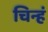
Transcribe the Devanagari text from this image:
चिन्हं